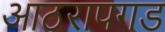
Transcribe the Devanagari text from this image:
आठरापगड